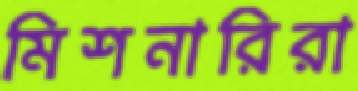
মিশনারিরা